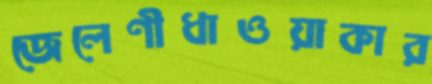
জেলেণীধাওয়াকার